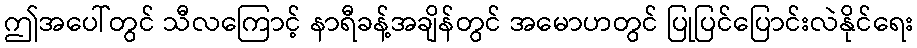
ဤအပေါ်တွင် သီလကြောင့် နာရီခန့်အချိန်တွင် အမောဟတွင် ပြုပြင်ပြောင်းလဲနိုင်ရေး